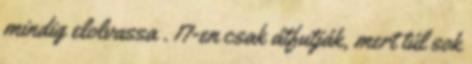
mindig elolvassa . 17-en csak átfutják, mert túl sok